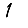
Digit: 1